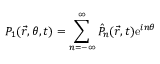
P _ { 1 } ( \vec { r } , \theta , t ) = \sum _ { n = - \infty } ^ { \infty } \hat { P } _ { n } ( \vec { r } , t ) \mathrm { e } ^ { i n \theta }